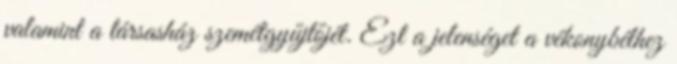
valamint a társasház szemétgyűjtőjét. Ezt a jelenséget a vékonybélhez